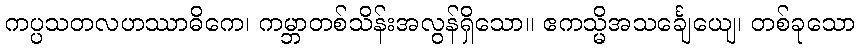
ကပ္ပသတလဟဿာဓိကေ၊ ကမ္ဘာတစ်သိန်းအလွန်ရှိသော။ ဧကသ္မိအသင်္ချေယျေ၊ တစ်ခုသော